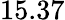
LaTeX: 15.37